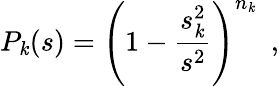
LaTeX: P_{\mathit{k}}(s)=\left(1-{\frac{{s_{\mathit{k}}^{2}}}{{s^{2}}}}\right)^{n_{\mathit{k}}}\ \ ,